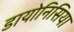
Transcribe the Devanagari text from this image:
डायोनिसिया